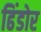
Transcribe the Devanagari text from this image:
ढिंडोर